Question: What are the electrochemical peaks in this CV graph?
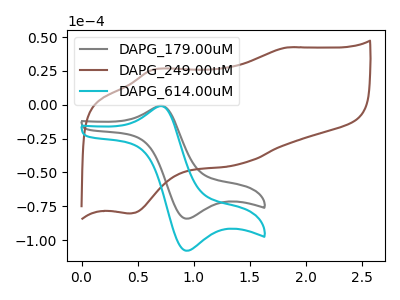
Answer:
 <answer>The gray curve "DAPG_179.00uM" has an anodic peak at (0.70V, -0.90uA) and a cathodic peak at (0.95V, -84.15uA). The brown curve "DAPG_249.00uM" has anodic peaks at (1.85V, 42.35uA) (0.65V, 26.00uA) and cathodic peaks at (1.40V, -44.00uA) (0.45V, -80.30uA). The cyan curve "DAPG_614.00uM" has an anodic peak at (0.70V, -1.15uA) and a cathodic peak at (0.95V, -107.85uA).</answer>
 <eval></eval>